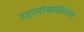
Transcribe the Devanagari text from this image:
उदरपोकळीतला